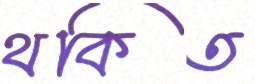
থকিত